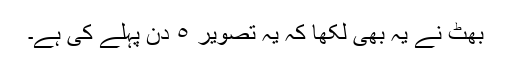
بھٹ نے یہ بھی لکھا کہ یہ تصویر ٥ دن پہلے کی ہے۔